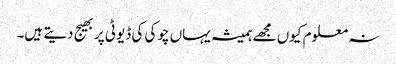
نہ معلوم کیوں مجھے ہمیشہ یہاں چوکی کی ڈیوٹی پر بھیج دیتے ہیں۔